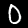
Digit: 0